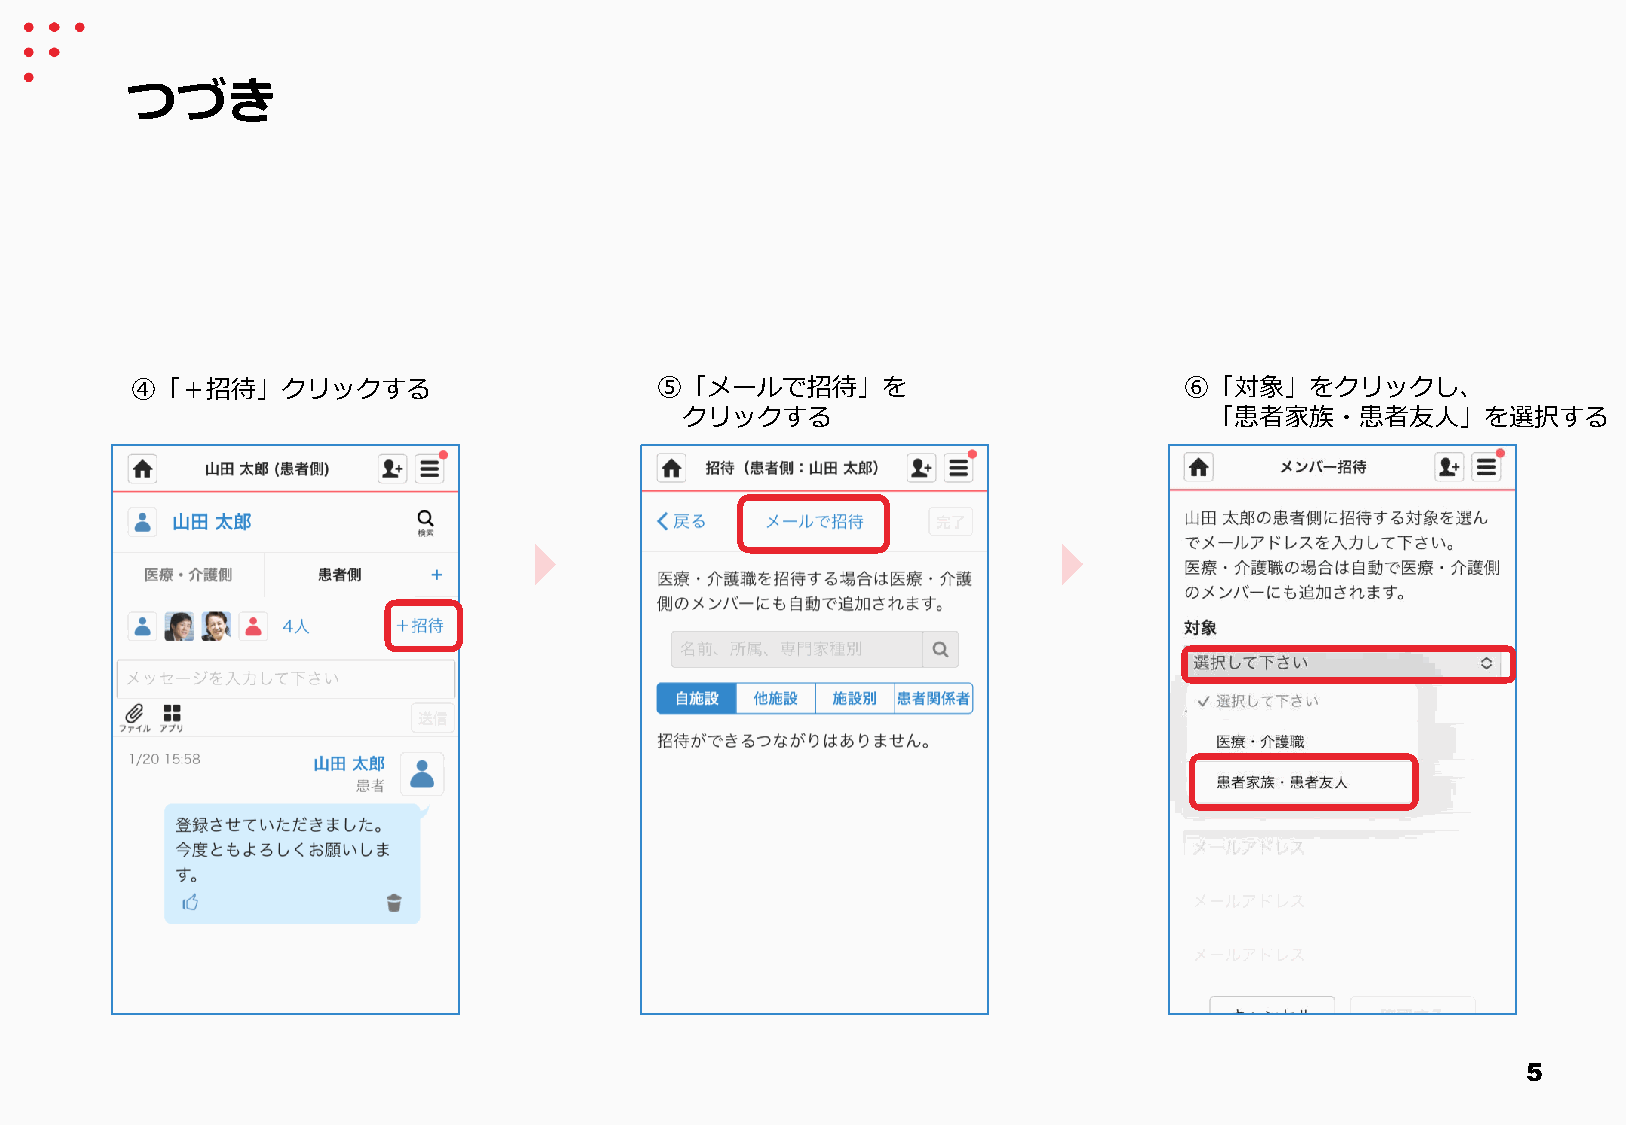
つづき
 ④「＋招待」クリックする                      ⑤「メールで招待」を                         ⑥「対象」をクリックし、
 クリックする                             「患者家族・患者友人」を選択する
 5